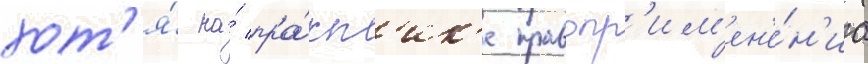
хот'я́ на́ пра́кт'ик'е правопр'им'ен'е́н'иа